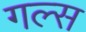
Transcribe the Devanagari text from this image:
गल्स